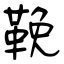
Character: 鞔